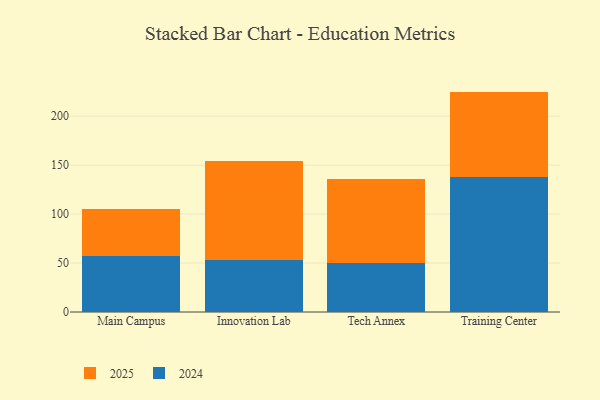
{"axis": {"x": "Campus", "y": "Bounce Rate (%)"}, "legend": ["2024", "2025"], "data": [{"x": "Main Campus", "y": 56.8, "type": "2024"}, {"x": "Main Campus", "y": 48.4, "type": "2025"}, {"x": "Innovation Lab", "y": 52.8, "type": "2024"}, {"x": "Innovation Lab", "y": 101.9, "type": "2025"}, {"x": "Tech Annex", "y": 50.4, "type": "2024"}, {"x": "Tech Annex", "y": 85.7, "type": "2025"}, {"x": "Training Center", "y": 138.2, "type": "2024"}, {"x": "Training Center", "y": 86.9, "type": "2025"}]}